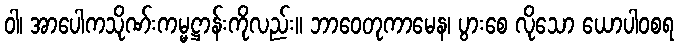
ဝါ၊ အာပေါကသိုဏ်းကမ္မဋ္ဌာန်းကိုလည်း။ ဘာဝေတုကာမေန၊ ပွားစေ လိုသော ယောပါဝစရ